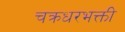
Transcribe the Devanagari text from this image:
चक्रधरभक्ती